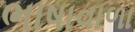
ભાષાવાળા